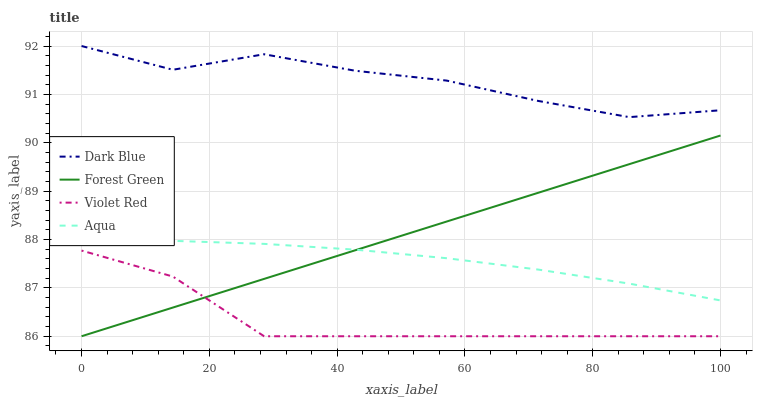
| xaxis_label | Dark Blue | Forest Green | Violet Red | Aqua |
 | --- | --- | --- | --- | --- |
 | 0 | 92 | 86 | 87.8 | 88 |
 | 14.3 | 91.5 | 86.6 | 87.2 | 88 |
 | 28.6 | 91.8 | 87.2 | 86 | 87.9 |
 | 42.9 | 91.5 | 87.8 | 86 | 87.8 |
 | 57.1 | 91.3 | 88.4 | 86 | 87.6 |
 | 71.4 | 90.9 | 89 | 86 | 87.4 |
 | 85.7 | 90.5 | 89.6 | 86 | 87.1 |
 | 100 | 90.7 | 90.2 | 86 | 86.7 |